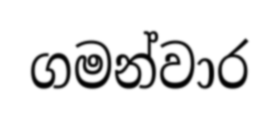
ගමන්වාර